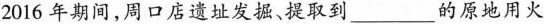
2016年期间，周口店遗址发掘。提取到___的原地用火